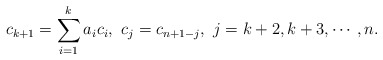
\begin{align*} c_{k+1} = \sum_{i=1}^k a_i c_i, \,\, c_j = c_{n+1-j}, \,\, j= k+2, k+3, \cdots, n.\end{align*}